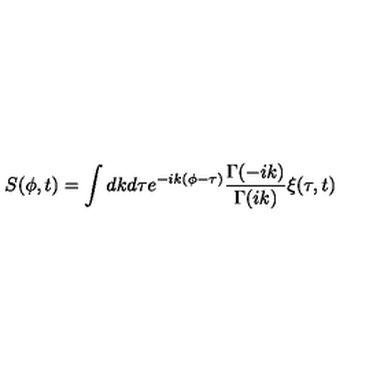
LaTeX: S ( \phi , t ) = \int d k d \tau e ^ { - i k ( \phi - \tau ) } { \frac { \Gamma ( - i k ) } { \Gamma ( i k ) } } \xi ( \tau , t )